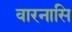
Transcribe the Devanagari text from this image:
वारनासि